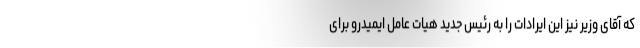
که آقای وزیر نیز این ایرادات را به رئیس جدید هیات عامل ایمیدرو برای